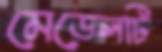
মেডেলটি